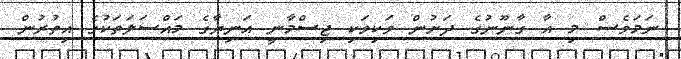
ނަމަވެސް މި އާ ގާނޫނުގެ ދަށުން ވަކިވަކި ޖިސްމާނީ އަނިޔާގެ މައްސަލަތަކުގެ އިތުރުން